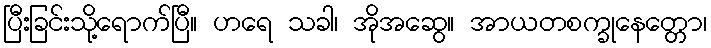
ပြီးခြင်းသို့ရောက်ပြီ။ ဟရေ သခါ၊ အိုအဆွေ။ အာယတစက္ခုနေတ္တော၊